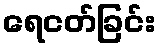
ရေငတ်ခြင်း